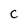
Character: c